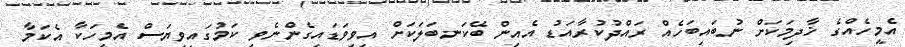
އެމީހެއްގެ ޚާދިމަކަށް ނުބައިބަހެއް ރައްދުކުރާއަޑު އެއިން ބޭކަނބަލަކަށް އިވިވަޑައިގެންނެވި ކަމުގައިވިޔަސް އެމީހަކާ އެކަމާ